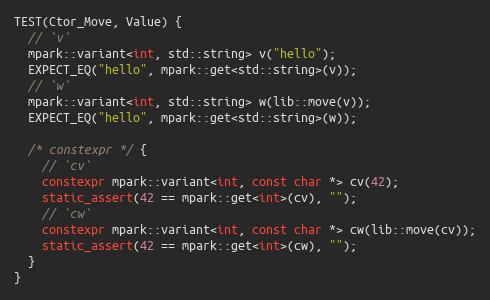
Language: C++
TEST(Ctor_Move, Value) {
  // `v`
  mpark::variant<int, std::string> v("hello");
  EXPECT_EQ("hello", mpark::get<std::string>(v));
  // `w`
  mpark::variant<int, std::string> w(lib::move(v));
  EXPECT_EQ("hello", mpark::get<std::string>(w));

  /* constexpr */ {
    // `cv`
    constexpr mpark::variant<int, const char *> cv(42);
    static_assert(42 == mpark::get<int>(cv), "");
    // `cw`
    constexpr mpark::variant<int, const char *> cw(lib::move(cv));
    static_assert(42 == mpark::get<int>(cw), "");
  }
}